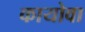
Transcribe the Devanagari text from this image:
कायोवा